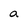
Character: a